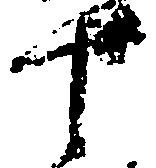
十